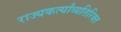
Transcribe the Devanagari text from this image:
राज्यकर्त्यांव्यतिरिक्त